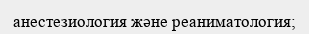
анестезиология және реаниматология;